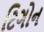
ટિગોન